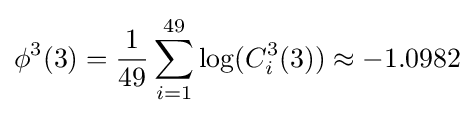
\phi ^{3}(3)={1 \over 49}\sum _{i=1}^{49}\log(C_{i}^{3}(3))\approx -1.0982